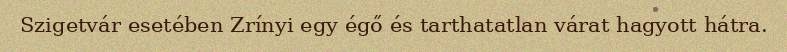
Szigetvár esetében Zrínyi egy égő és tarthatatlan várat hagyott hátra.